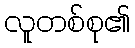
လူတစ်စု၏